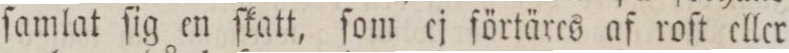
ſamlat ſig en ſkatt, ſom ej ſörtäres af roſt eller